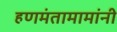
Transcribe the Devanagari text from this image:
हणमंतामामांनी